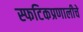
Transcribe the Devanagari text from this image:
स्फटिकप्रणालीचे